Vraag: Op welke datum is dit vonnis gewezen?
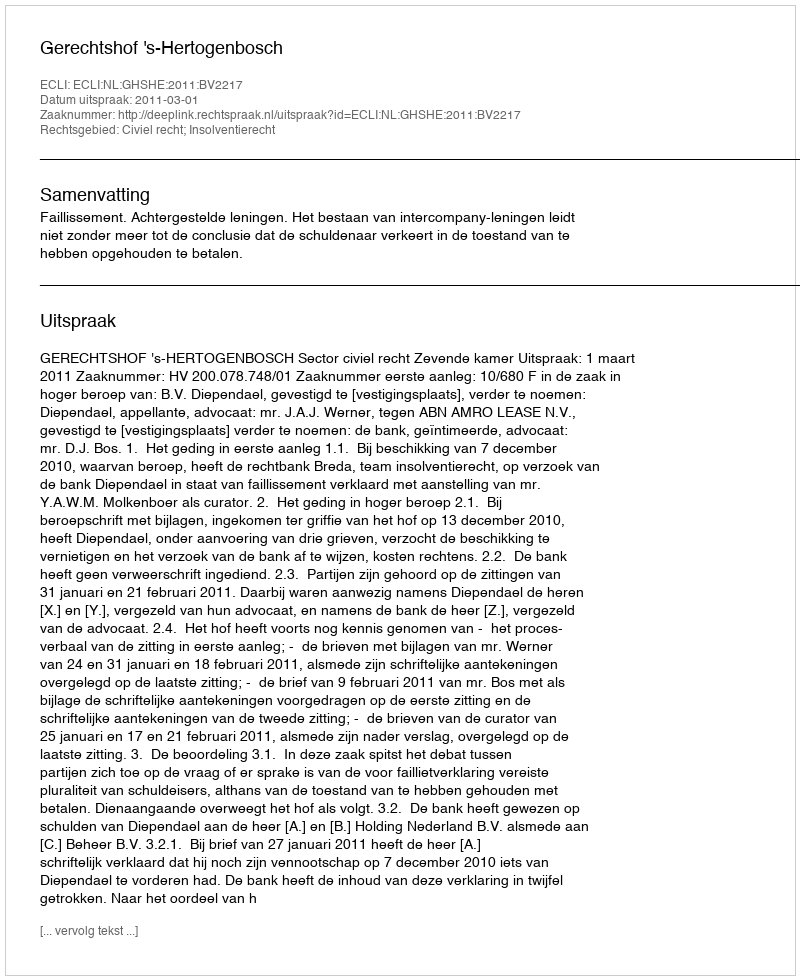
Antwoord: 2011-03-01